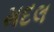
મદલ